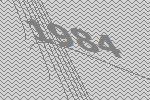
1984